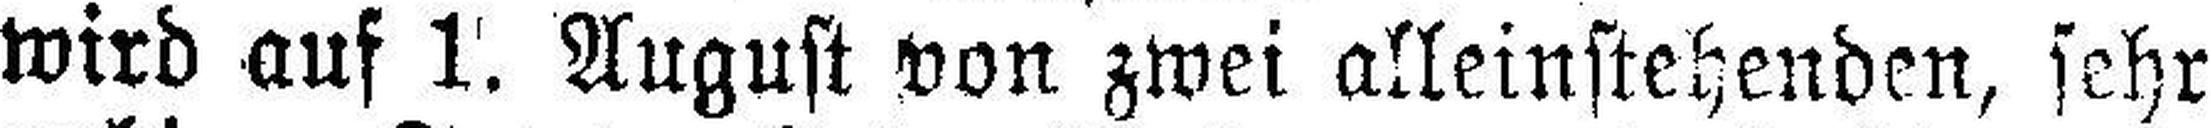
wird auf 1. August von zwei alleinstehenden, sehr